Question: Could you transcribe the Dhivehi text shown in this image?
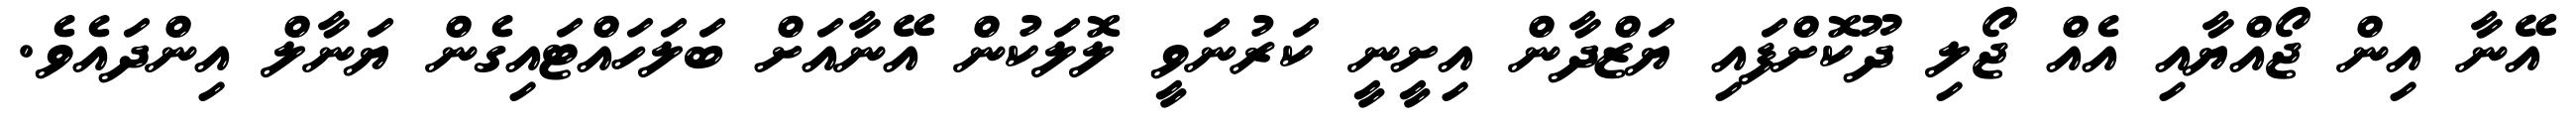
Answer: އޭނާ އިން ޖޯއްޔާއި އެއް ޖޯލި ދޫކޮށްފައި ޔަޒްދާން އިށީނީ ކަރުނަވީ ލޮލަކުން އޭނާއަށް ބަލަހައްޓައިގެން ޔަނާލް އިންދައެވެ.